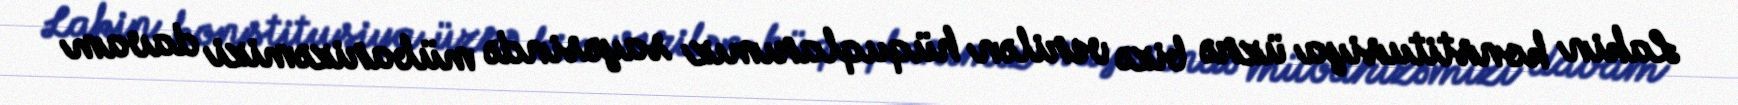
Lakin konstitusiya üzrə bizə verilən hüquqlarımız sayəsində mübarizəmizi davam